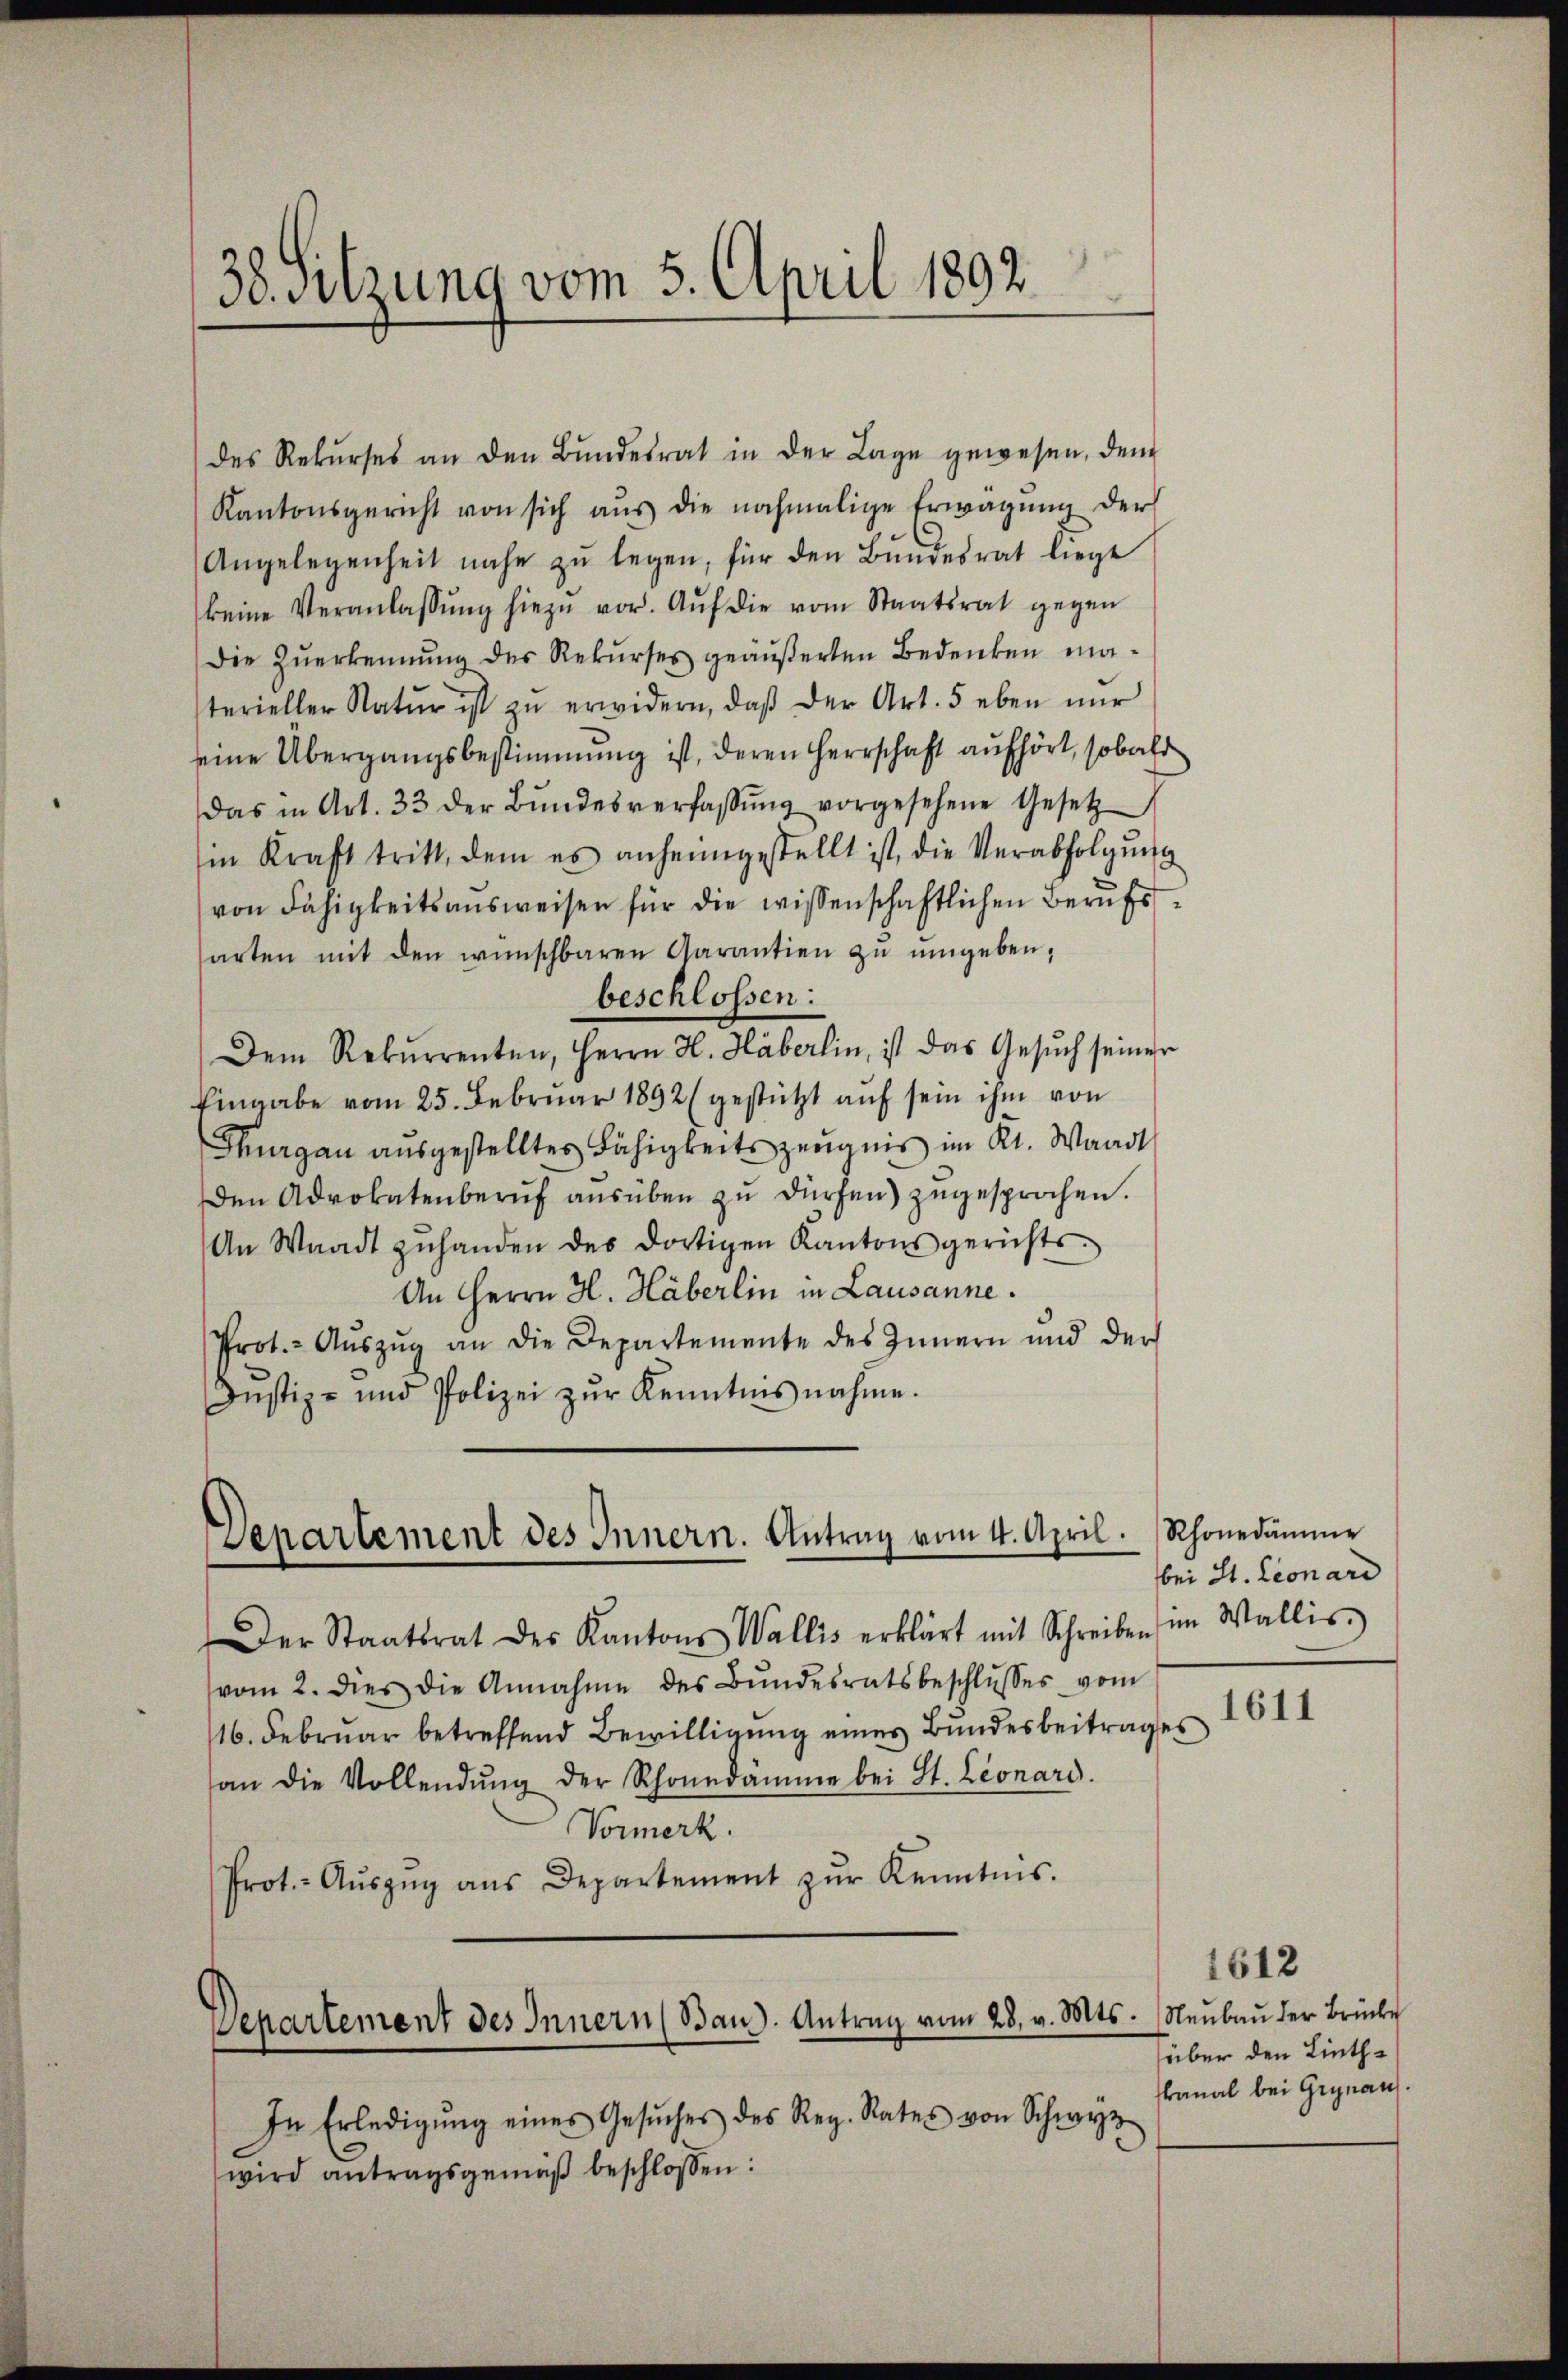
38. Sitzung vom 5. April 1892

des Rekŭrses an den Bŭndesrat in der Lage gewesen, dem
Kantonsgericht von sich aus die nochmalige Erwägŭng der
Angelegenheit nahe zŭ legen, für den Bŭndesrat liege
keine Veranlassŭng hiezŭ vor. Aŭf die vom Staatsrat gegen
Die Zŭerkennung der Rekŭrses geäußerten Bedenken materieller Natŭr ist zŭ erwidern, daβ der Art. 5 eben nŭr
eine Übergangsbestimmung ist, deren Herrschaft aufhört, sobald
das in Art. 33 der Bŭndesverfassŭng vorgesehene Gesetz
in Kraft tritt, dem es anheimgestellt ist, die Verabfolgŭng
von Fähigkeitsaŭsweisen für die wissenschaftlichen Berufsarten mit den wünschbaren Garantien zŭ ŭmgeben,
beschlossen:
Dem Rekurrenten, Herrn H. Häberlin, ist das Gesŭch seiner
Eingabe vom 25. Febrŭar 1892 (gestützt aŭf sein ihm von
Thurgau aŭsgestelltes Fähigkeitszeŭgnis im Kt. Waadt
den Advokatenberŭf aŭsüben zŭ dürfen) zugesprochen.
An Waadt zŭhanden des dortigen Kantonsgerichts-
An Herrn H. Häberlin in Lausanne.
Prot. Aŭszŭg an die Departemente des Innern und der
Justiz- und Polizei zŭr Kenntnis nahme.

Separtement des Innern. Antrag vom 4. April.

Der Staatsrat des Kantons Wallis erklärt mit Schreiben im Wallis
vom 2. dies die Annahme des Bŭndesratsbeschlŭsses vom
116. Februar betreffend Bewilligung eines Bundesbeitrages 1611
an die Vollendŭng der Schonedämme bei St. Leonard.
Vormerk.
Prot.- Aŭszŭg ans Departement zŭr Kenntnis.

Departement des Innern (Banz. Antrag vom 28. v. Mts.

In Erledigŭng eines Gesŭches des Reg. Rates von Schwyz
wird antragsgemäβ beschlossen:

Rhonedämme
bei St. Leonard

1612
Neubau der Brücke
über den Linthkanal bei Grynau.